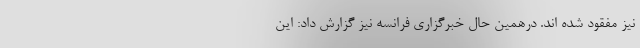
نیز مفقود شده اند. درهمین حال خبرگزاری فرانسه نیز گزارش داد: این